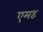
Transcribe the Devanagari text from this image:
एम४